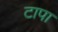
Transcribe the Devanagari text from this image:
टापा